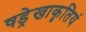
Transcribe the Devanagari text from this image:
षड्रेखाकृतियं